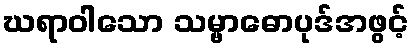
ဃရာဝါသော သမ္ဗာဓောပုဒ်အဖွင့်